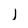
Character: l